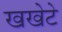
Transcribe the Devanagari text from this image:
खखेटे